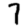
Digit: 7